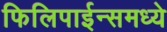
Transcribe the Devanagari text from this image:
फिलिपाईन्समध्ये